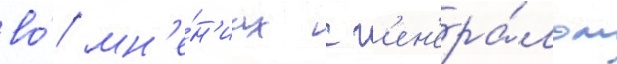
во́ мн'е́н'иах с г'ен'ера́лом